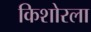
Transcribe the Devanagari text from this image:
किशोरला